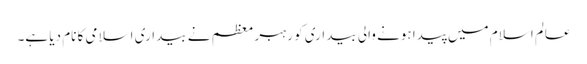
عالم اسلام میں پیدا ہونے والی بیداری کو رہبر معظم نے بیداری اسلامی کا نام دیا ہے۔